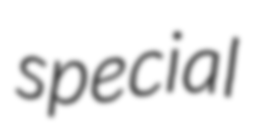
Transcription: special